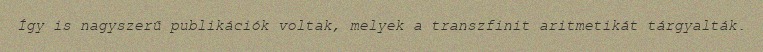
Így is nagyszerű publikációk voltak, melyek a transzfinit aritmetikát tárgyalták.